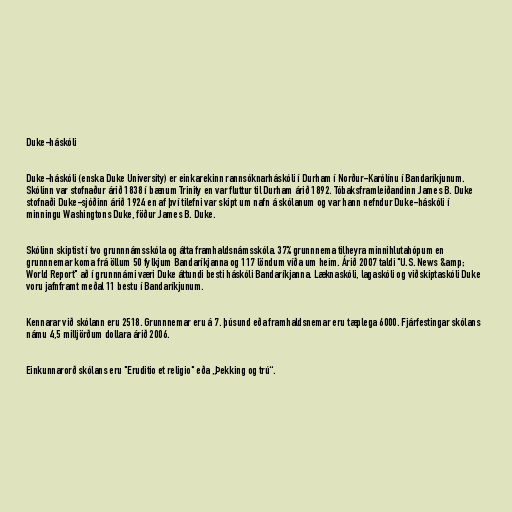
Duke-háskóli

Duke-háskóli (enska Duke University) er einkarekinn rannsóknarháskóli í Durham í Norður-Karólínu í Bandaríkjunum.
Skólinn var stofnaður árið 1838 í bænum Trinity en var fluttur til Durham árið 1892. Tóbaksframleiðandinn James B. Duke
stofnaði Duke-sjóðinn árið 1924 en af því tilefni var skipt um nafn á skólanum og var hann nefndur Duke-háskóli í
minningu Washingtons Duke, föður James B. Duke.

Skólinn skiptist í tvo grunnnámsskóla og átta framhaldsnámsskóla. 37% grunnnema tilheyra minnihlutahópum en
grunnnemar koma frá öllum 50 fylkjum Bandaríkjanna og 117 löndum víða um heim. Árið 2007 taldi "U.S. News &amp;
World Report" að í grunnnámi væri Duke áttundi besti háskóli Bandaríkjanna. Læknaskóli, lagaskóli og viðskiptaskóli Duke
voru jafnframt meðal 11 bestu í Bandaríkjunum.

Kennarar við skólann eru 2518. Grunnnemar eru á 7. þúsund eða framhaldsnemar eru tæplega 6000. Fjárfestingar skólans
námu 4,5 milljörðum dollara árið 2006.

Einkunnarorð skólans eru "Eruditio et religio" eða „Þekking og trú“.